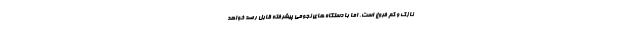
نازک و کم فروغ است، اما با دستگاه های نجومی پیشرفته قابل رصد خواهد